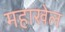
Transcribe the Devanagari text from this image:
महाखेल